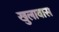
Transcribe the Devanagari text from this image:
खुलावास